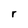
Character: r